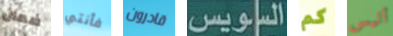
ضمان فأنتي قادرون السويس كم أليس